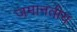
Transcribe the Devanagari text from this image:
जमानतीय